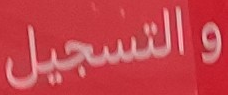
والتسجيل